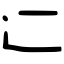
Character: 辷